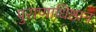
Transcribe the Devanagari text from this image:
पुराणाधिष्ठान